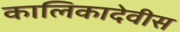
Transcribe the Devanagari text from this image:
कालिकादेवीस